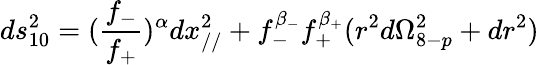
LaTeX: ds_{10}^{2}=(\frac{f_{-}}{f_{+}})^{\alpha}dx_{//}^{2}+f_{-}^{\beta_{-}}f_{+}^{\beta_{+}}(r^{2}d\Omega_{8-p}^{2}+dr^{2})